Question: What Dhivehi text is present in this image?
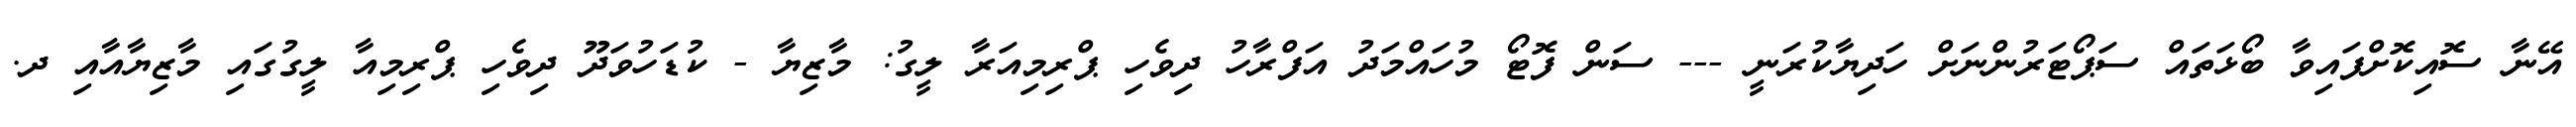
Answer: އޭނާ ސޮއިކޮށްފައިވާ ބޯޅަތައް ސަޕޯޓަރުންނަށް ހަދިޔާކުރަނީ --- ސަން ފޮޓޯ މުހައްމަދު އަފްރާހު ދިވެހި ޕްރިމިއަރާ ލީގު: މާޒިޔާ - ކުޑަހުވަދޫ ދިވެހި ޕްރިމިއާ ލީގުގައި މާޒިޔާއާއި ދ.